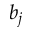
b _ { j }